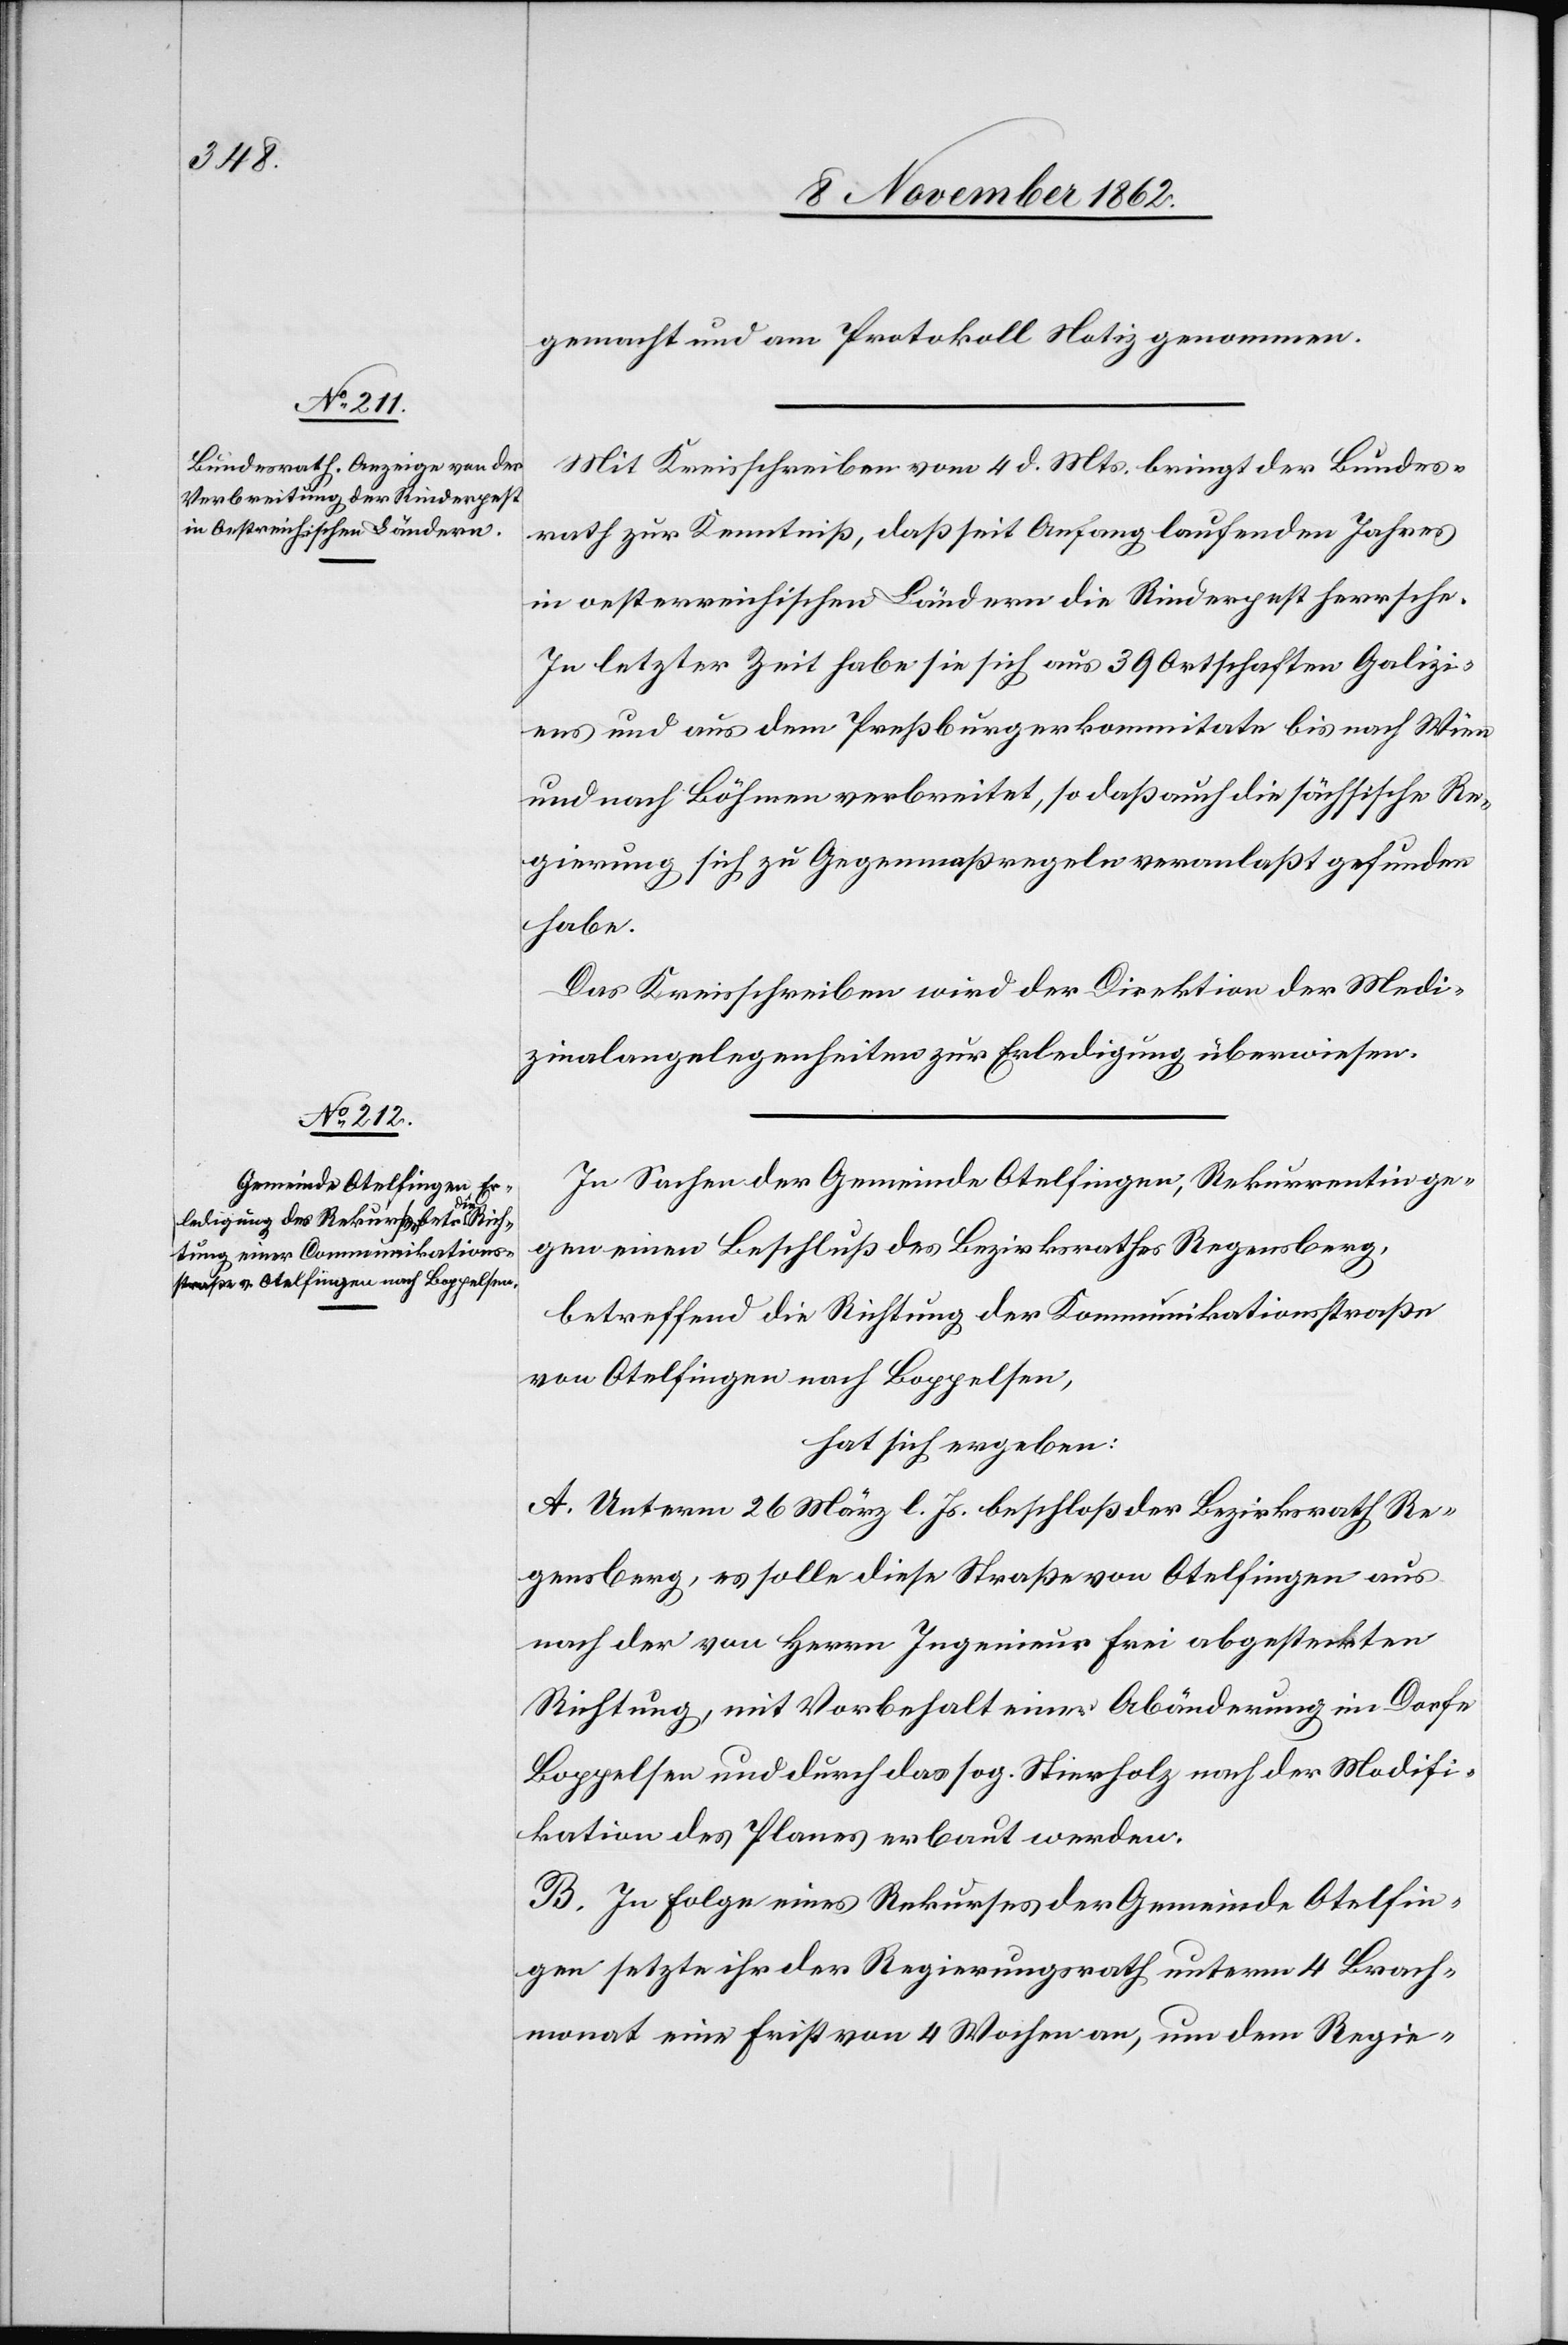
gemacht und am Protokoll Notiz genommen.
Mit Kreisschreiben vom 4. d. Mts. bringt der Bundes¬
rath zur Kenntniß, daß seit Anfang laufenden Jahres
in oesterreichischen Ländern die Rinderpest herrsche.
In letzter Zeit habe sie sich aus 390 Ortschaften Galizi¬
ens und aus dem Preßburgerkommitate bis nach Wien
und nach Böhmen verbreitet, so daß auch die sächsische Re¬
gierung sich zu Gegenmaßregeln veranlaßt gefunden
habe.
Das Kreisschreiben wird der Direktion der Medi¬
zinalangelegenheiten zur Erledigung überwiesen.
In Sachen der Gemeinde Otelfingen, Rekurrentin ge¬
gen einen Beschluß des Bezirksrathes Regensberg,
betreffend die Richtung der Kommunikationsstraße
von Otelfingen nach Boppelsen,
hat sich ergeben:
A. Unterm 26. März l. Js. beschloß der Bezirksrath Re¬
gensberg, es solle diese Straße von Otelfingen aus
nach der von Herrn Ingenieur Frei abgesteckten
Richtung mit Vorbehalt eine Abänderung im Dorfe
Boppelsen und durch das sog. Stierholz nach der Modifi¬
kation des Planes erbaut werden.
B. Im Folge eines Rekurses der Gemeinde Otelfin¬
gen setzte ihr der Regierungsrath unterm 4. Brach¬
monat eine Frist von 4 Wochen an, um dem Regie-